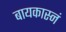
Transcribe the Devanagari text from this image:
बायकास्नं